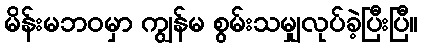
မိန်းမဘဝမှာ ကျွန်မ စွမ်းသမျှလုပ်ခဲ့ပြီးပြီ။